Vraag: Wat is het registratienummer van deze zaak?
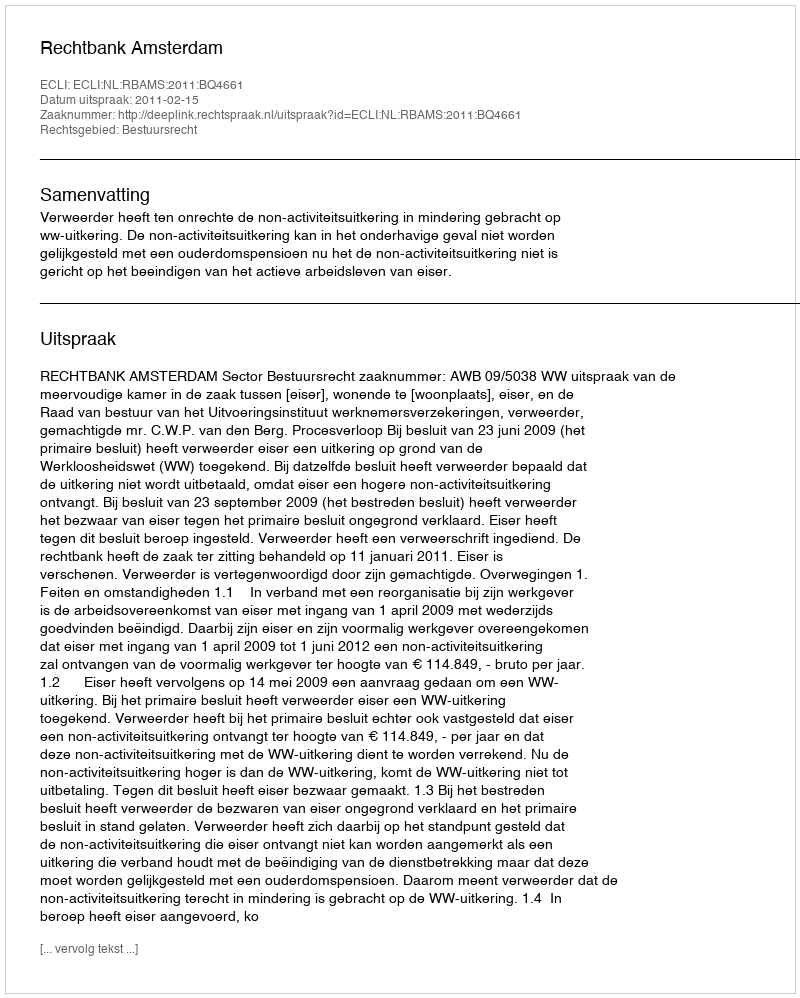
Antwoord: http://deeplink.rechtspraak.nl/uitspraak?id=ECLI:NL:RBAMS:2011:BQ4661